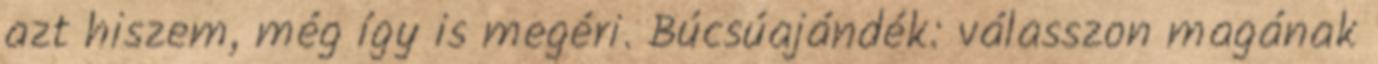
azt hiszem, még így is megéri. Búcsúajándék: válasszon magának